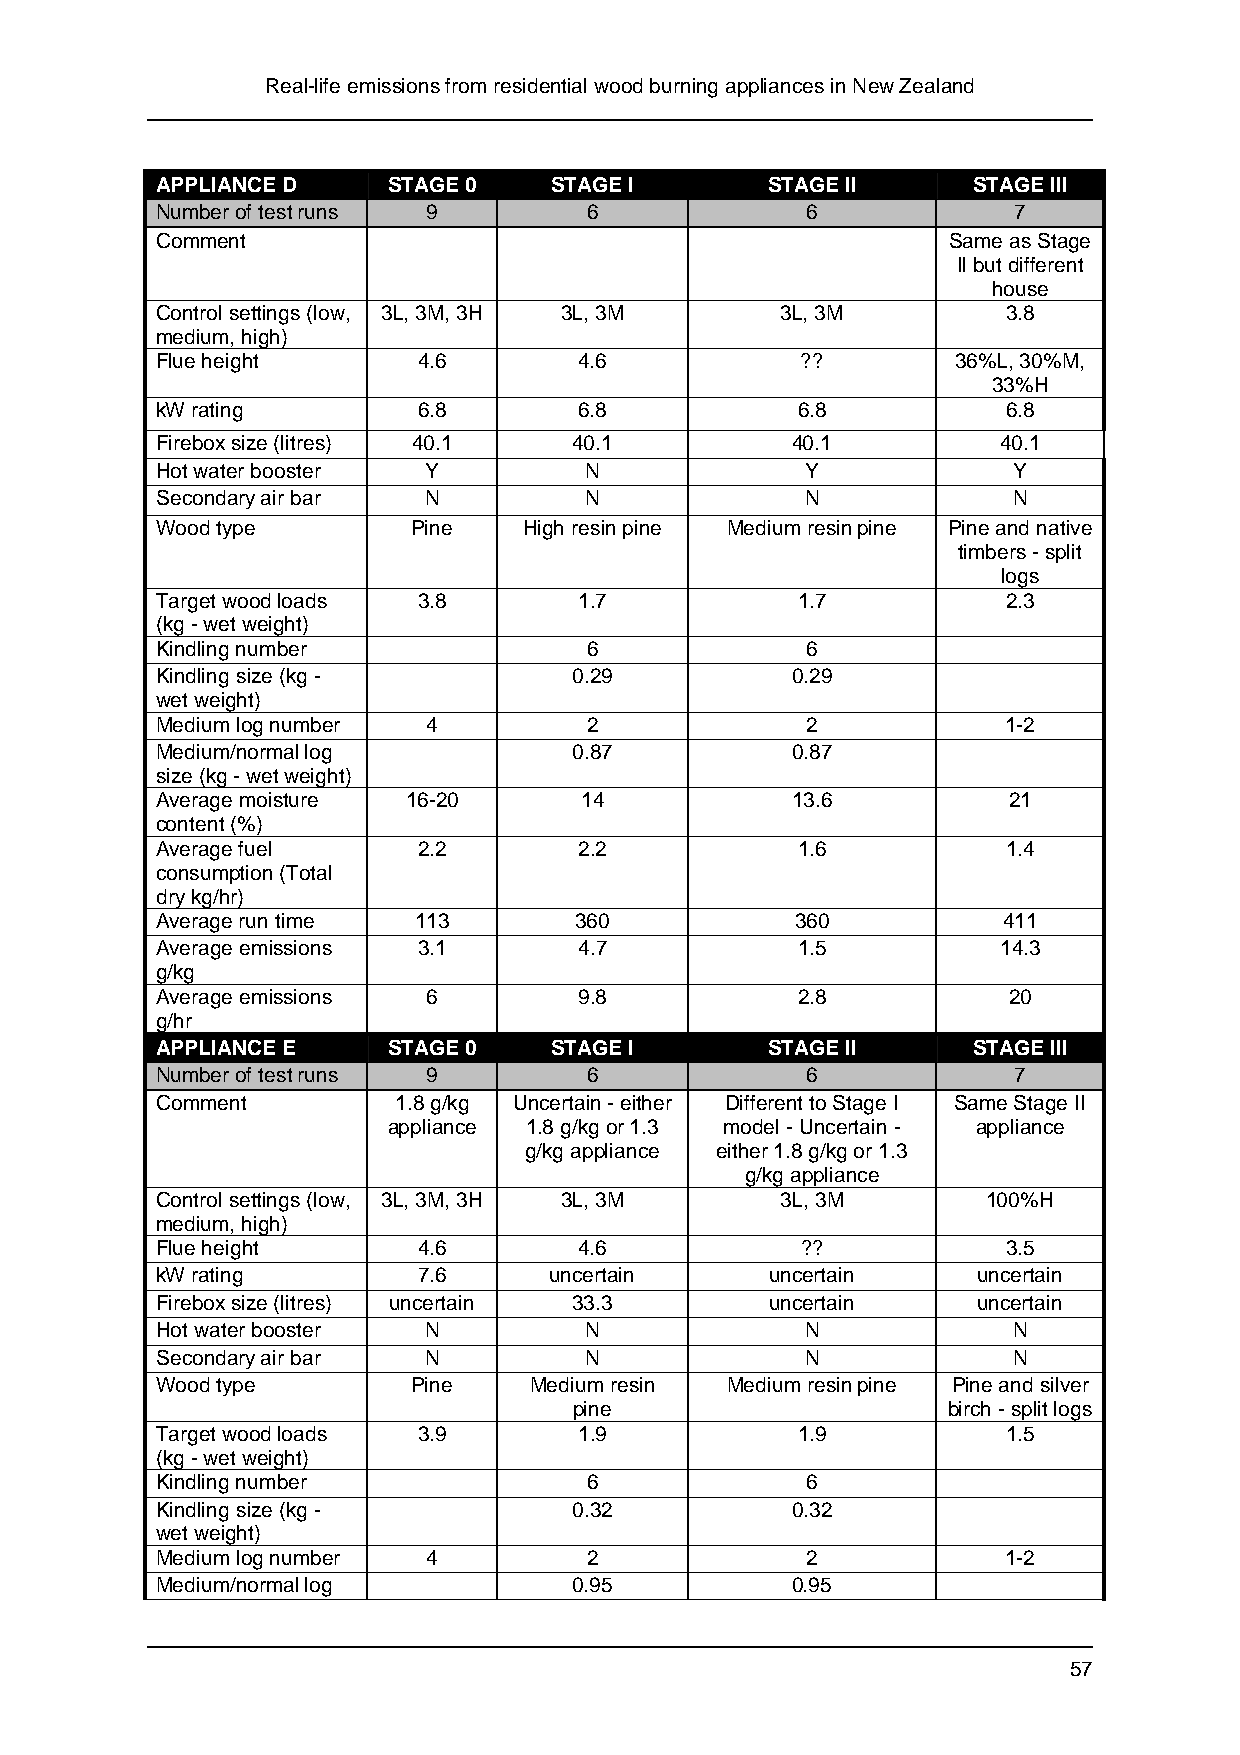
Real-life emissions from residential wood burning appliances in New Zealand
 APPLIANCE D     STAGE 0   STAGE I        STAGE II     STAGE III
 Number of test runs 9        6             6             7
 Comment                                              Same as Stage
 II but different
 house
 Control settings (low, 3L, 3M, 3H 3L, 3M  3L, 3M         3.8
 medium, high)
 Flue height       4.6       4.6            ??        36%L, 30%M,
 33%H
 kW rating         6.8       6.8            6.8           6.8
 Firebox size (litres) 40.1  40.1          40.1          40.1
 Hot water booster Y          N             Y             Y
 Secondary air bar N          N             N             N
 Wood type        Pine    High resin pine Medium resin pine Pine and native
 timbers - split
 logs
 Target wood loads 3.8       1.7            1.7           2.3
 (kg - wet weight)
 Kindling number              6             6
 Kindling size (kg -         0.29          0.29
 wet weight)
 Medium log number 4          2             2             1-2
 Medium/normal log           0.87          0.87
 size (kg - wet weight)
 Average moisture 16-20      14            13.6           21
 content (%)
 Average fuel      2.2       2.2            1.6           1.4
 consumption (Total
 dry kg/hr)
 Average run time 113        360            360          411
 Average emissions 3.1       4.7            1.5          14.3
 g/kg
 Average emissions 6         9.8            2.8           20
 g/hr
 APPLIANCE E     STAGE 0   STAGE I        STAGE II     STAGE III
 Number of test runs 9        6             6             7
 Comment         1.8 g/kg Uncertain - either Different to Stage I Same Stage II
 appliance 1.8 g/kg or 1.3 model - Uncertain - appliance
 g/kg appliance either 1.8 g/kg or 1.3
 g/kg appliance
 Control settings (low, 3L, 3M, 3H 3L, 3M  3L, 3M       100%H
 medium, high)
 Flue height       4.6       4.6            ??            3.5
 kW rating         7.6     uncertain      uncertain     uncertain
 Firebox size (litres) uncertain 33.3     uncertain     uncertain
 Hot water booster N          N             N             N
 Secondary air bar N          N             N             N
 Wood type        Pine    Medium resin Medium resin pine Pine and silver
 pine                     birch - split logs
 Target wood loads 3.9       1.9            1.9           1.5
 (kg - wet weight)
 Kindling number              6             6
 Kindling size (kg -         0.32          0.32
 wet weight)
 Medium log number 4          2             2             1-2
 Medium/normal log           0.95          0.95
 57